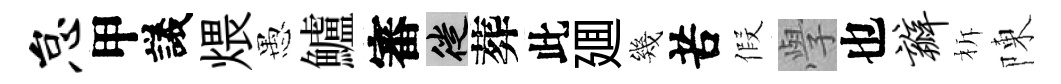
怠甲議煨愚鱸審徙葬此廽幾苦假𭓕也瓣柝陳